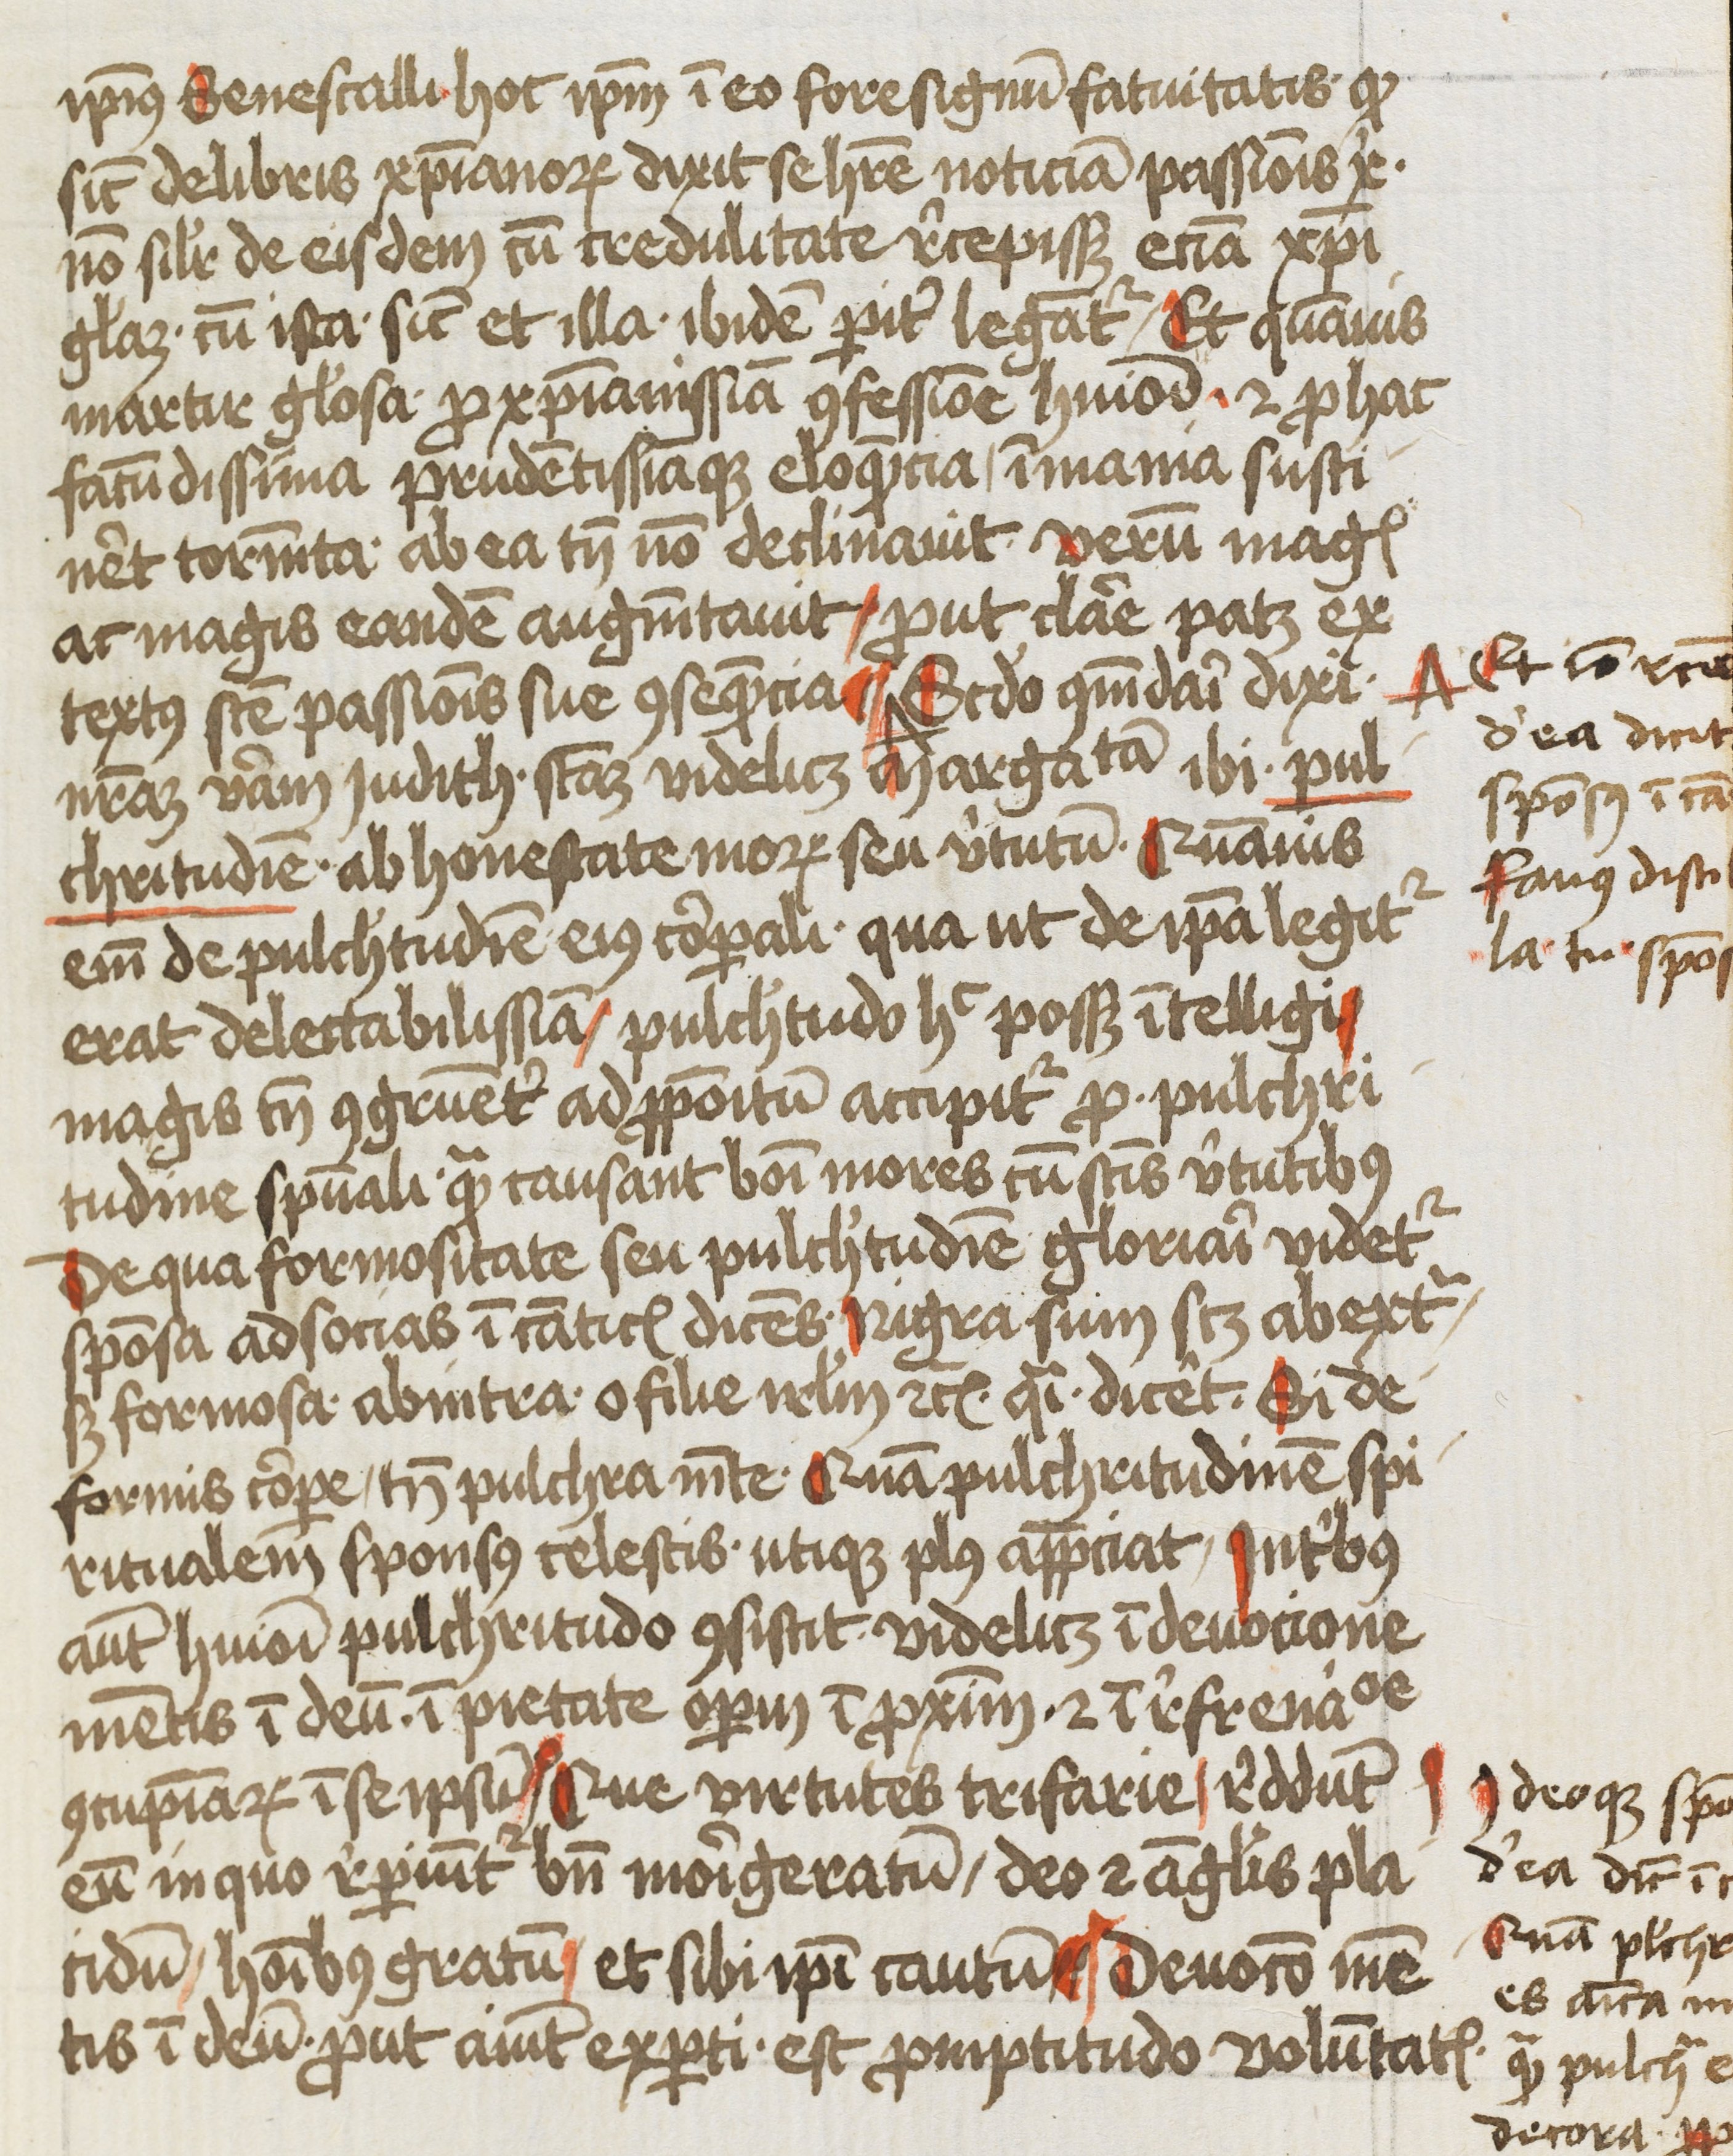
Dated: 1450–1499